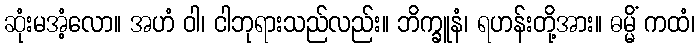
ဆုံးမအံ့လော။ အဟံ ဝါ၊ ငါဘုရားသည်လည်း။ ဘိက္ခူနံ၊ ရဟန်းတို့အား။ ဓမ္မိံ ကထံ၊